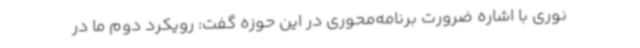
نوری با اشاره ضرورت برنامه‌محوری در این حوزه گفت: رویکرد دوم ما در